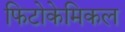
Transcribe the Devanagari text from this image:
फिटोकेमिकल